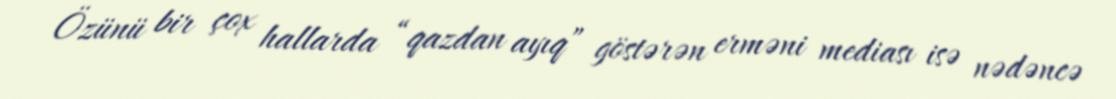
Özünü bir çox hallarda “qazdan ayıq” göstərən erməni mediası isə nədəncə